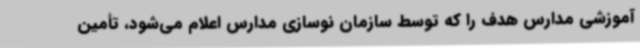
آموزشی مدارس هدف را که توسط سازمان نوسازی مدارس اعلام می‌شود، تأمین